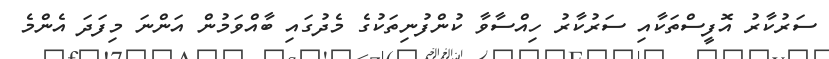
ސަރުކާރު އޮފީސްތަކާއި ސަރުކާރު ހިއްސާވާ ކުންފުނިތަކުގެ މެދުގައި ބާއްވަމުން އަންނަ މިފަދަ އެންމެ